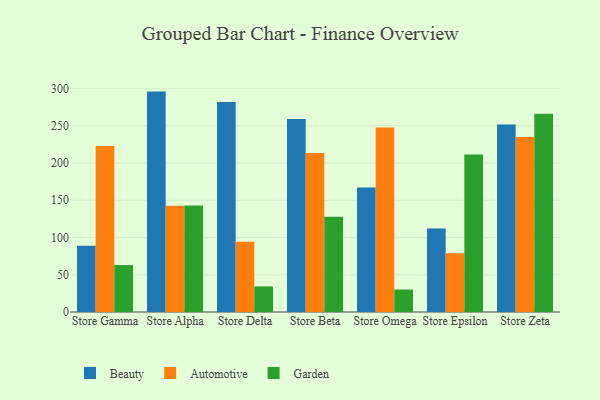
{"axis": {"x": "Store", "y": "Waste Production (Tons)"}, "legend": ["Automotive", "Beauty", "Garden"], "data": [{"x": "Store Gamma", "y": 89.1, "type": "Beauty"}, {"x": "Store Gamma", "y": 222.8, "type": "Automotive"}, {"x": "Store Gamma", "y": 63.0, "type": "Garden"}, {"x": "Store Alpha", "y": 295.9, "type": "Beauty"}, {"x": "Store Alpha", "y": 142.7, "type": "Automotive"}, {"x": "Store Alpha", "y": 142.9, "type": "Garden"}, {"x": "Store Delta", "y": 282.0, "type": "Beauty"}, {"x": "Store Delta", "y": 94.4, "type": "Automotive"}, {"x": "Store Delta", "y": 34.3, "type": "Garden"}, {"x": "Store Beta", "y": 259.0, "type": "Beauty"}, {"x": "Store Beta", "y": 213.3, "type": "Automotive"}, {"x": "Store Beta", "y": 127.8, "type": "Garden"}, {"x": "Store Omega", "y": 167.2, "type": "Beauty"}, {"x": "Store Omega", "y": 247.6, "type": "Automotive"}, {"x": "Store Omega", "y": 30.2, "type": "Garden"}, {"x": "Store Epsilon", "y": 112.2, "type": "Beauty"}, {"x": "Store Epsilon", "y": 79.0, "type": "Automotive"}, {"x": "Store Epsilon", "y": 211.4, "type": "Garden"}, {"x": "Store Zeta", "y": 251.7, "type": "Beauty"}, {"x": "Store Zeta", "y": 235.1, "type": "Automotive"}, {"x": "Store Zeta", "y": 266.2, "type": "Garden"}]}